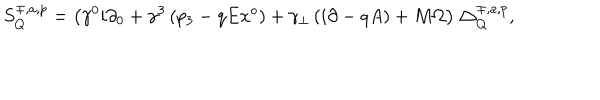
S _ { Q } ^ { \mp , a , p } = \left( \gamma ^ { 0 } i \partial _ { 0 } + \gamma ^ { 3 } \left( p _ { 3 } - q E x ^ { o } \right) + \gamma _ { \bot } \left( i \partial - q A \right) + M \Omega \right) \bigtriangleup _ { Q } ^ { \mp , a , p } ,